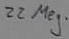
Text: 22Meg.